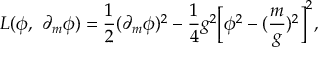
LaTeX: L ( \phi , \ \partial _ { m } \phi ) = \frac { 1 } { 2 } ( \partial _ { m } \phi ) ^ { 2 } - \frac { 1 } { 4 } g ^ { 2 } \Bigl [ \phi ^ { 2 } - ( \frac { m } { g } ) ^ { 2 } \Bigr ] ^ { 2 } ,